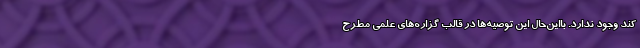
کند وجود ندارد. با‌این‌حال این توصیه‌ها در قالب گزاره‌های علمی مطرح